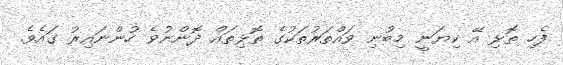
ފެހި ތޮޅި އޭ ކިޔަނީ މިބުނި ވައްތަރުތަކުގެ ތޮޅިތައް ދޮންނުވެ ހުންނައިރު ގައެވެ.